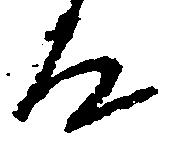
殿